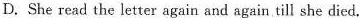
D.She read the letter again and again till she died.